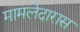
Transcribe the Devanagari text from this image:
मामलेदारास